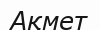
Ақмет